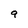
Character: 9